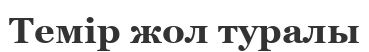
Темір жол туралы